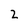
Character: 2